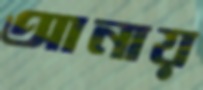
আনায়